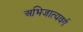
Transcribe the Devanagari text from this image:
अभिजात्यवर्ग